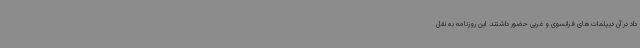
داد در آن دیپلمات‌های فرانسوی و غربی حضور داشتند. این روزنامه به نقل